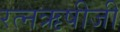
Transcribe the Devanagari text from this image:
रत्नऋषीजी